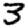
Digit: 3